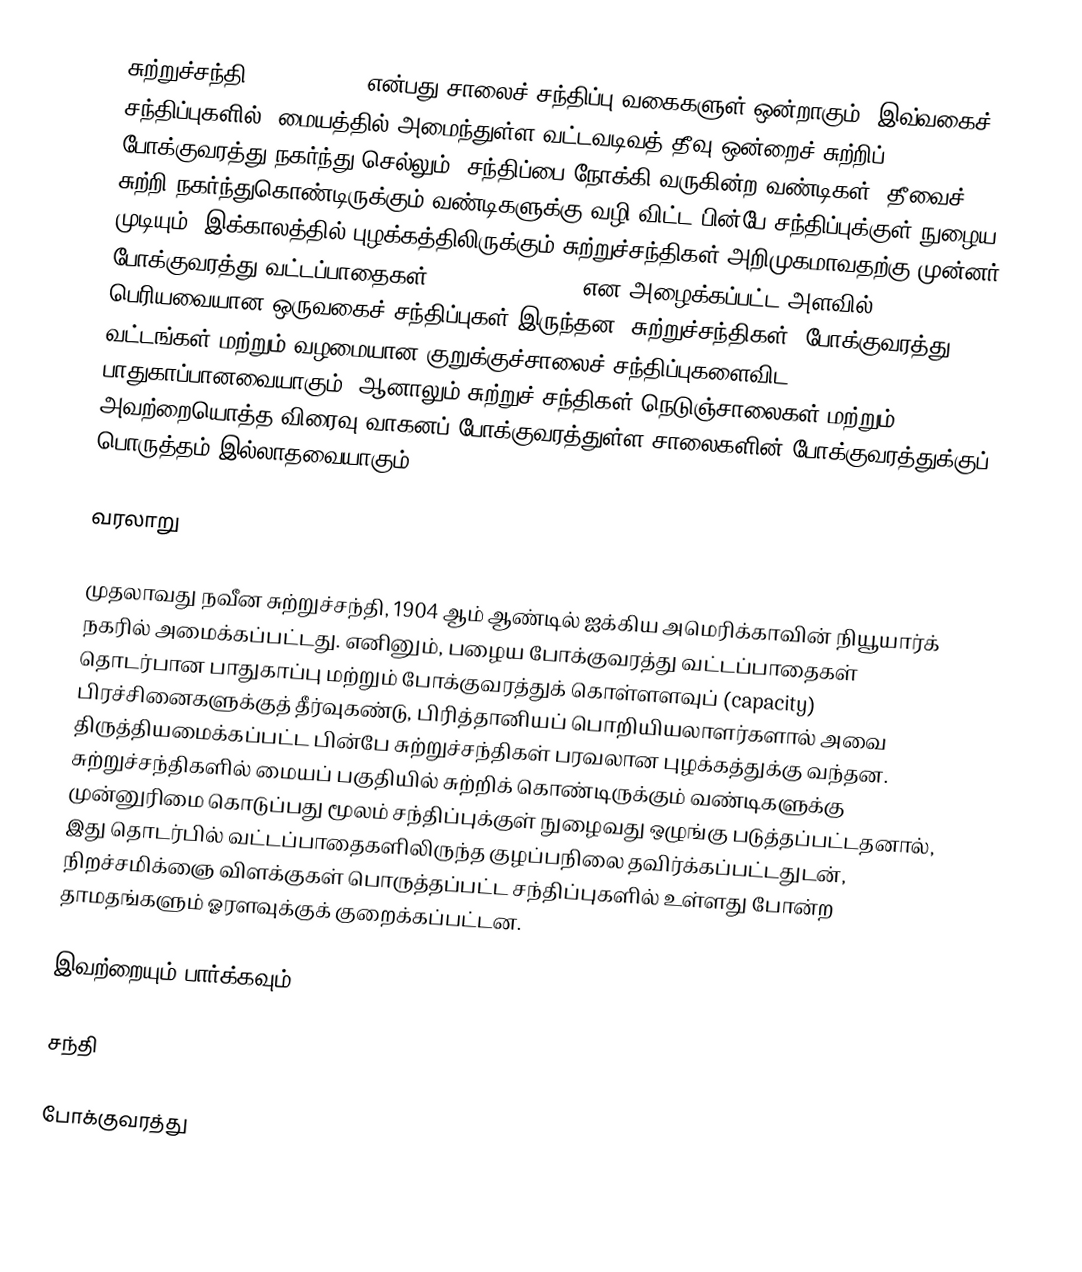
சுற்றுச்சந்தி (roundabout) என்பது சாலைச் சந்திப்பு வகைகளுள் ஒன்றாகும். இவ்வகைச் சந்திப்புகளில், மையத்தில் அமைந்துள்ள வட்டவடிவத் தீவு ஒன்றைச் சுற்றிப் போக்குவரத்து நகர்ந்து செல்லும். சந்திப்பை நோக்கி வருகின்ற வண்டிகள், தீவைச் சுற்றி நகர்ந்துகொண்டிருக்கும் வண்டிகளுக்கு வழி விட்ட பின்பே சந்திப்புக்குள் நுழைய முடியும். இக்காலத்தில் புழக்கத்திலிருக்கும் சுற்றுச்சந்திகள் அறிமுகமாவதற்கு முன்னர், போக்குவரத்து வட்டப்பாதைகள் (traffic circle) என அழைக்கப்பட்ட அளவில் பெரியவையான ஒருவகைச் சந்திப்புகள் இருந்தன. சுற்றுச்சந்திகள், போக்குவரத்து வட்டங்கள் மற்றும் வழமையான குறுக்குச்சாலைச் சந்திப்புகளைவிட பாதுகாப்பானவையாகும். ஆனாலும் சுற்றுச் சந்திகள் நெடுஞ்சாலைகள் மற்றும் அவற்றையொத்த விரைவு வாகனப் போக்குவரத்துள்ள சாலைகளின் போக்குவரத்துக்குப் பொருத்தம் இல்லாதவையாகும்.

வரலாறு

முதலாவது நவீன சுற்றுச்சந்தி, 1904 ஆம் ஆண்டில் ஐக்கிய அமெரிக்காவின் நியூயார்க் நகரில் அமைக்கப்பட்டது. எனினும், பழைய போக்குவரத்து வட்டப்பாதைகள் தொடர்பான பாதுகாப்பு மற்றும் போக்குவரத்துக் கொள்ளளவுப் (capacity) பிரச்சினைகளுக்குத் தீர்வுகண்டு, பிரித்தானியப் பொறியியலாளர்களால் அவை திருத்தியமைக்கப்பட்ட பின்பே சுற்றுச்சந்திகள் பரவலான புழக்கத்துக்கு வந்தன. சுற்றுச்சந்திகளில் மையப் பகுதியில் சுற்றிக் கொண்டிருக்கும் வண்டிகளுக்கு முன்னுரிமை கொடுப்பது மூலம் சந்திப்புக்குள் நுழைவது ஒழுங்கு படுத்தப்பட்டதனால், இது தொடர்பில் வட்டப்பாதைகளிலிருந்த குழப்பநிலை தவிர்க்கப்பட்டதுடன், நிறச்சமிக்ஞை விளக்குகள் பொருத்தப்பட்ட சந்திப்புகளில் உள்ளது போன்ற தாமதங்களும் ஓரளவுக்குக் குறைக்கப்பட்டன.

இவற்றையும் பார்க்கவும்

 சந்தி

போக்குவரத்து